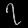
Digit: ၇